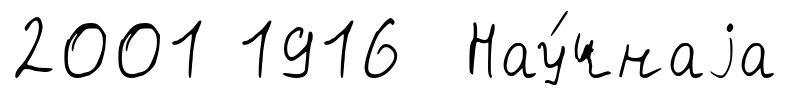
2001 1916 Нау́чнаjа